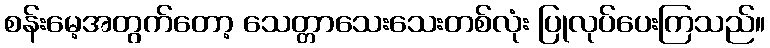
စန်းမေ့အတွက်တော့ သေတ္တာသေးသေးတစ်လုံး ပြုလုပ်ပေးကြသည်။